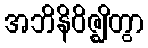
အဘိနိဝိဇ္ဈိတွာ